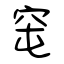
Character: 窀